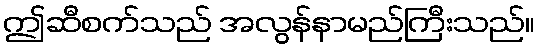
ဤဆီစက်သည် အလွန်နာမည်ကြီးသည်။